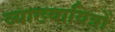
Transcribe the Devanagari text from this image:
व्याख्यायित्रों